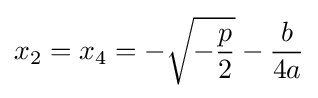
x_{2}=x_{4}=-{\sqrt {-{\frac {p}{2}}}}-{\frac {b}{4a}}